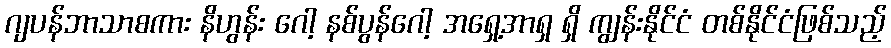
ဂျပန်ဘာသာစကား နိဟွန်း ဂေါ့ နစ်ပွန်ဂေါ့ အရှေ့အာရှ ရှိ ကျွန်းနိုင်ငံ တစ်နိုင်ငံဖြစ်သည့်